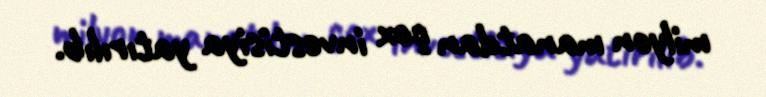
milyon manatdan çox investisiya yatırılıb.